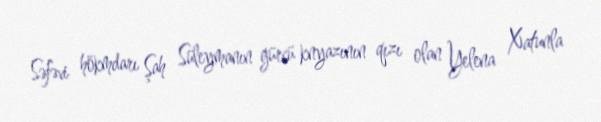
Səfəvi hökmdarı Şah Süleymanın gürcü knyazının qızı olan Yelena Xatunla